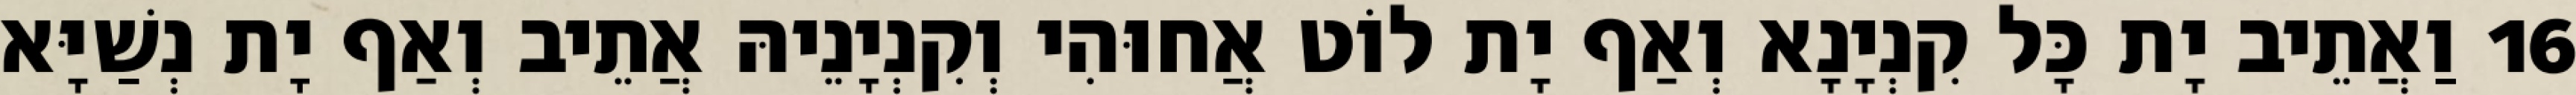
16 וַאֲתֵיב יָת כָּל קִנְיָנָא וְאַף יָת לוֹט אֲחוּהִי וְקִנְיָנֵיהּ אֲתֵיב וְאַף יָת נְשַׁיָּא